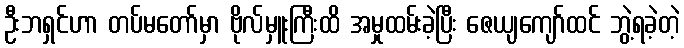
ဦးဘရှင်ဟာ တပ်မတော်မှာ ဗိုလ်မှူးကြီးထိ အမှုထမ်းခဲ့ပြီး ဇေယျကျော်ထင် ဘွဲ့ရခဲ့တဲ့